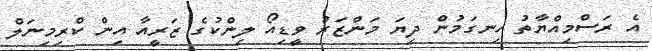
އެ ރަސްމިއްޔާތު ހިނގަމުން ދިޔަ މަންޒަރު ވީޑިއޯ ލިންކުގެ ޒަރީއާ އިން ކްރިމިނަލް